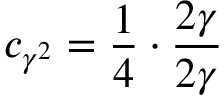
c _ { \gamma ^ { 2 } } = \frac { 1 } { 4 } \cdot \frac { 2 \gamma } { 2 \gamma }